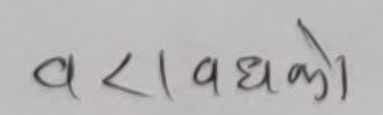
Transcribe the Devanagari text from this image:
वरा | वधको